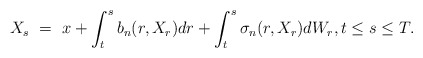
\begin{align*}X_s \ = \ x + \int_t^s b_n(r,X_r) dr + \int_t^s \sigma_n(r,X_r) dW_r, t \leq s \leq T.\end{align*}